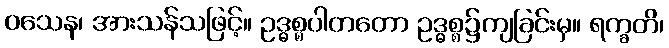
ဝသေန၊ အားသန်သဖြင့်။ ဥဒ္ဓစ္စပါတတော ဥဒ္ဓစ္စ၌ကျခြင်းမှ။ ရက္ခတိ၊